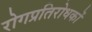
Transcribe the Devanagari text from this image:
रोगप्रतिरोधकों